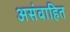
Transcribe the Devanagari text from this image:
असंवाहित